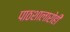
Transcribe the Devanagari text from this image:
पाठशालारोही